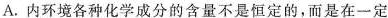
A.内环境各种化学成分的含量不是恒定的，而是在一定